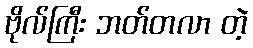
ဗိုလ်ကြီး ဘတ်တလာ တဲ့